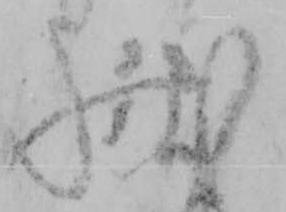
状